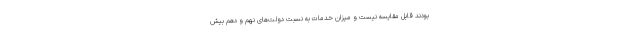
بودند قابل مقایسه نیست و میزان خدمات به نسبت دولت‌های نهم و دهم بیش